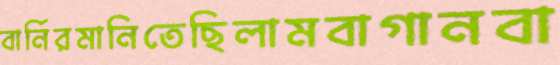
বার্নিরমানিতেছিলামবাগানবা